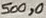
Text: 500,0